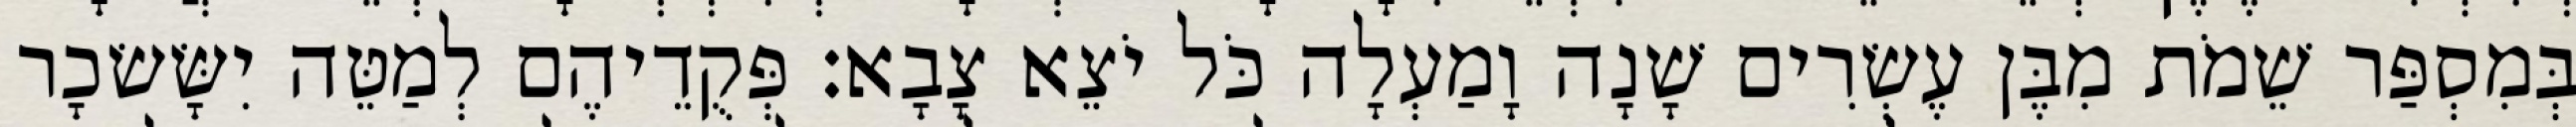
בְּמִסְפַּר שֵׁמֹת מִבֶּן עֶשְׂרִים שָׁנָה וָמַעְלָה כֹּל יֹצֵא צָבָא׃ פְּקֻדֵיהֶם לְמַטֵּה יִשָּׂשׂכָר